Leningradi_Edasi_toimetus, lk 25
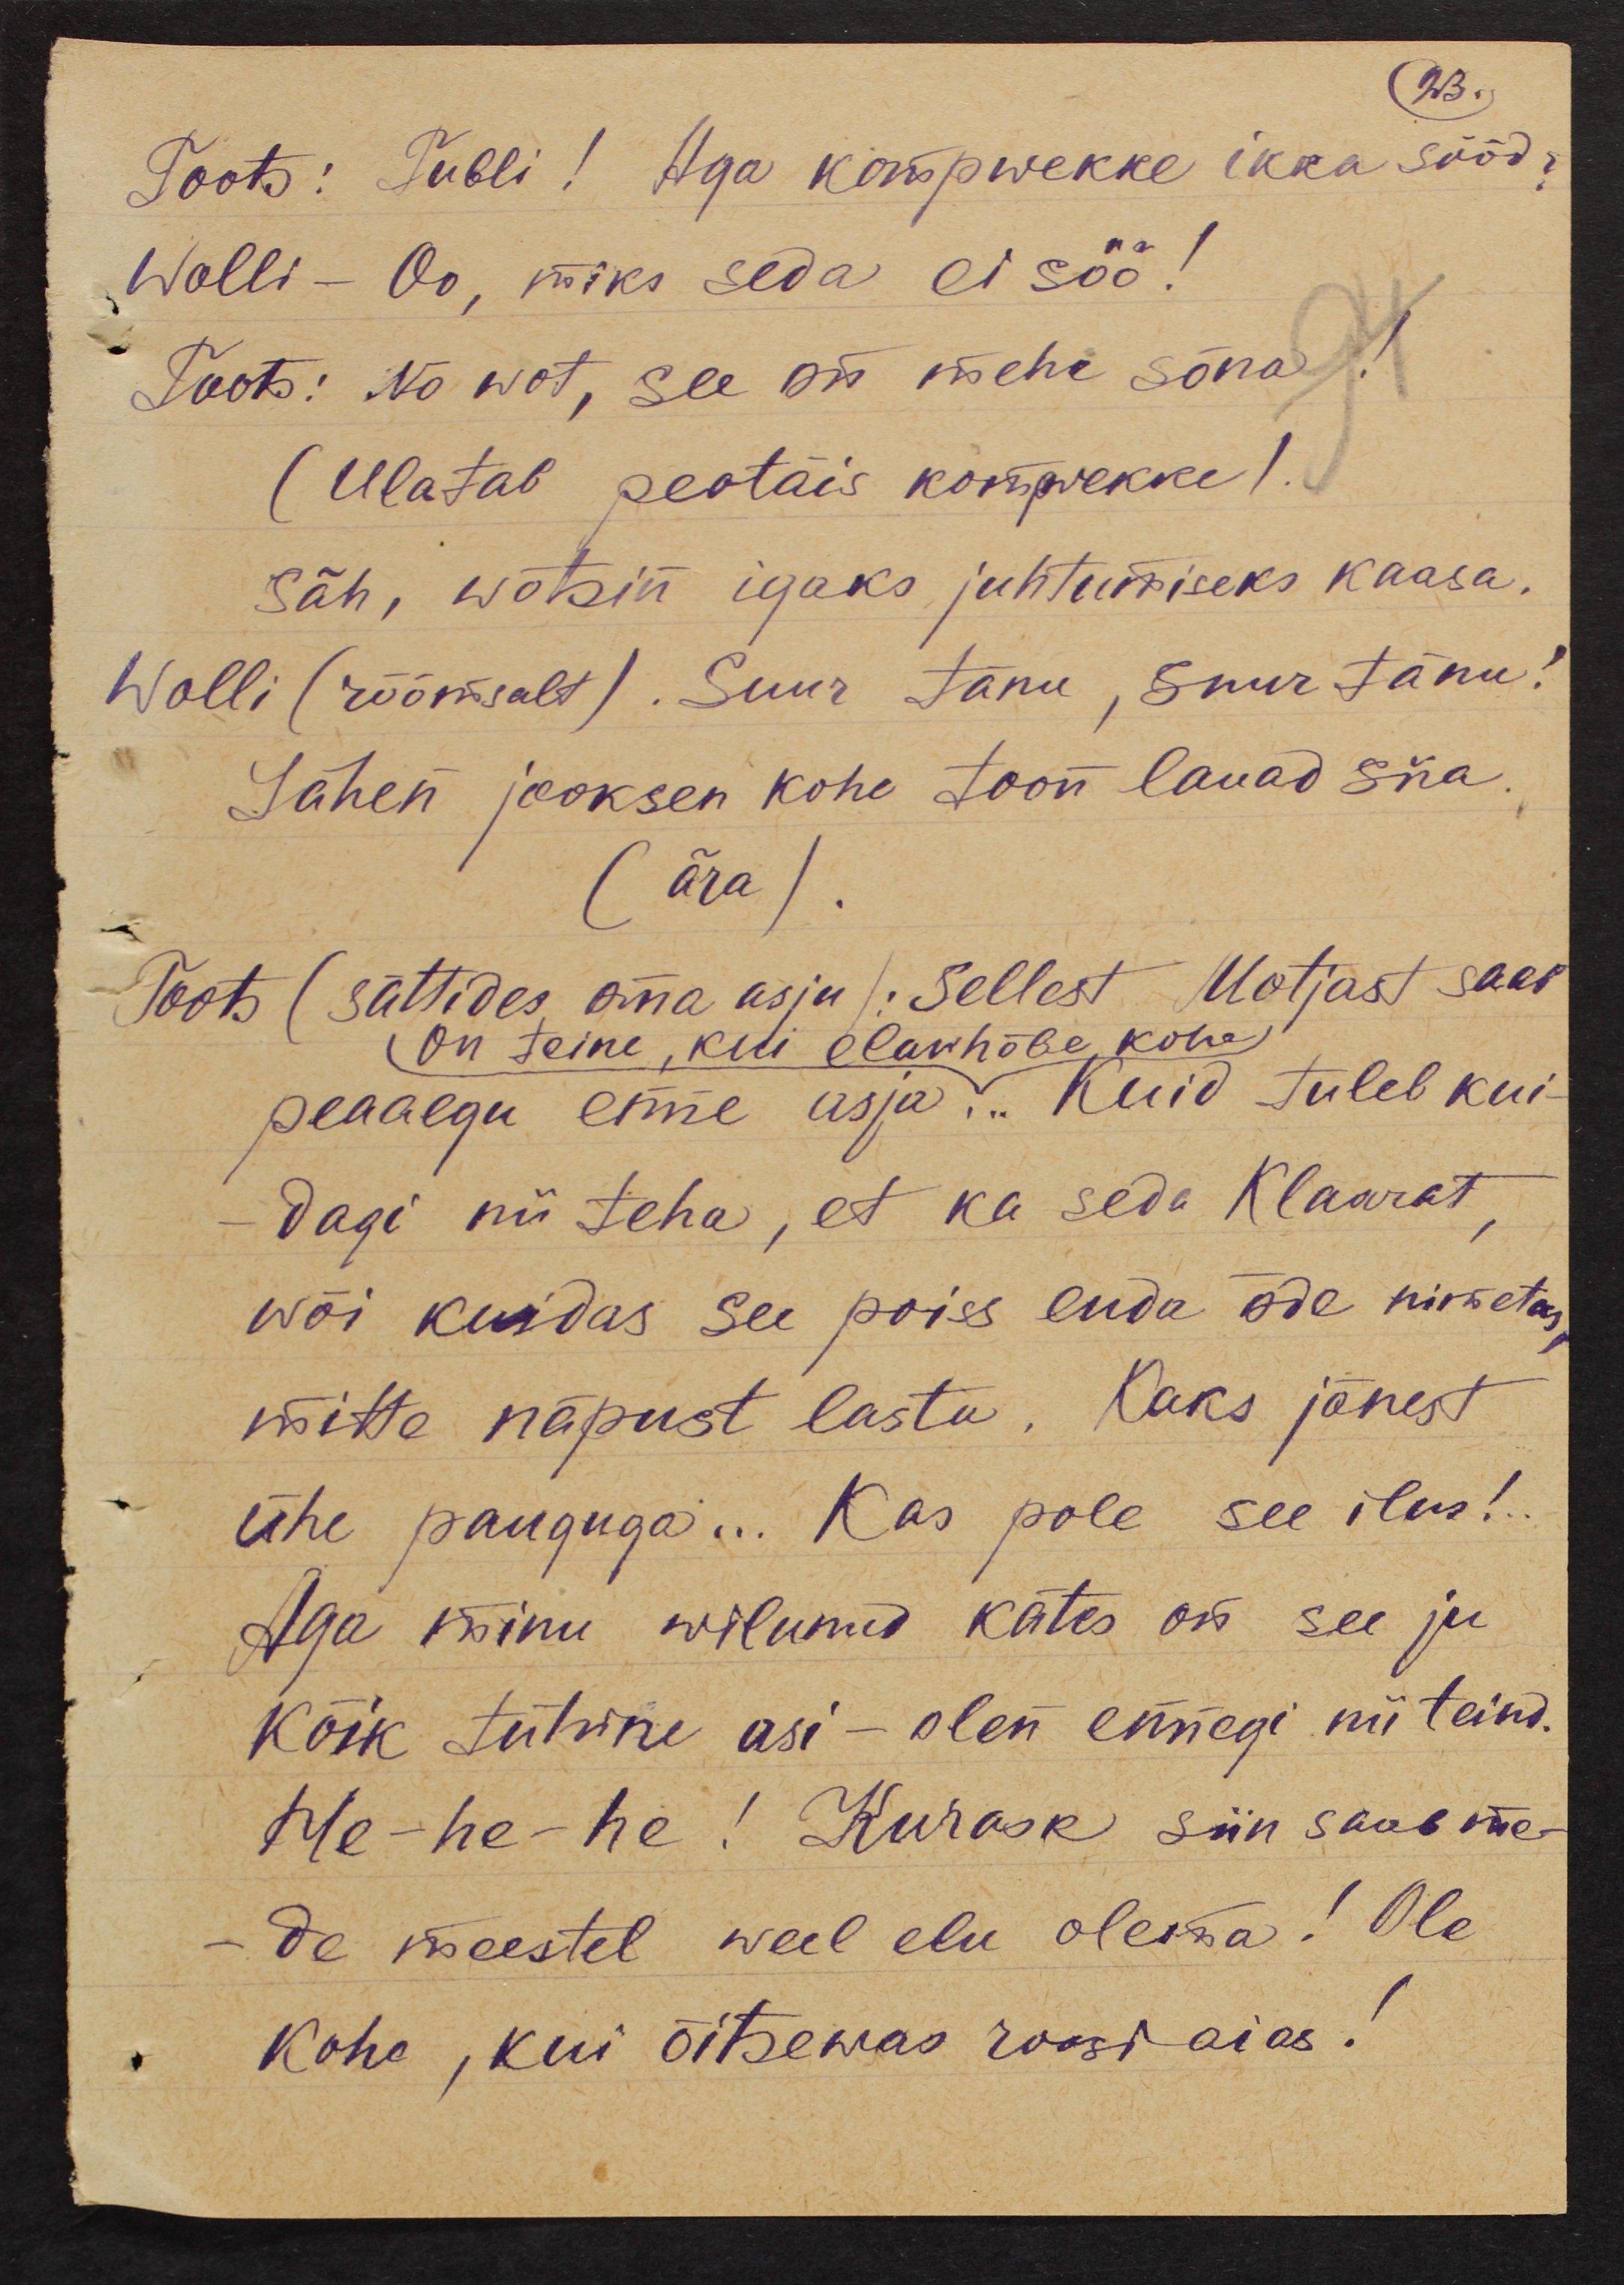
23.
Toots: Tubli! Aga kompwekke ikka sööd?
Wolli - Oo, miks seda ei söö!
Toots: No wot, see on mehe sõna!
(Ulatab peotäis kompvekke).
Säh, wõtsin igaks juhtumiseks kaasa.
Wolli (rõõmsalt). Suur tänu, suur tänu!
Lähen jooksen kohe toon lauad siia.
(ära).
Toots (sättides oma asju). Sellest Matjast saab
On teine, kui elawhõbe kohe
peaaegu enne asja ... Kuid tuleb kui-
dagi nii teha, et ka seda Klaarat,
wõi kuidas see poiss enda õde nimetas
mitte näpust lasta. Kaks jänest
ühe pauguga... Kas pole see ilus!..
Aga minu wilunud kätes on see ju
kõik tühine asi - olen ennegi nii teind.
He-he-he! Kurask siin saab me-
de meestel weel elu olema! Ole
kohe, kui õitsewas roosi aias!